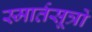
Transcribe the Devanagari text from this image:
स्मार्तसूत्रों